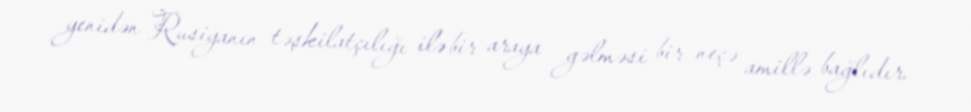
yenidən Rusiyanın təşkilatçılığı ilə bir araya gəlməsi bir neçə amillə bağlıdır.